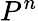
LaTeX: P^{n}